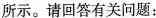
所示。请回答有关问题：